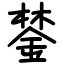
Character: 𨨗